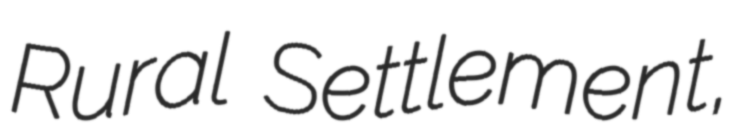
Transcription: Rural Settlement,